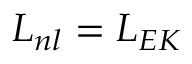
L _ { n l } = L _ { E K }